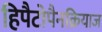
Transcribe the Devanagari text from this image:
हिपैटोपैनक्रियाज